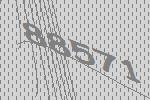
88571